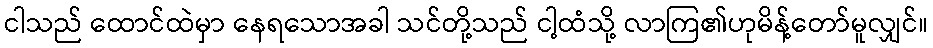
ငါသည် ထောင်ထဲမှာ နေရသောအခါ သင်တို့သည် ငါ့ထံသို့ လာကြ၏ဟုမိန့်တော်မူလျှင်။